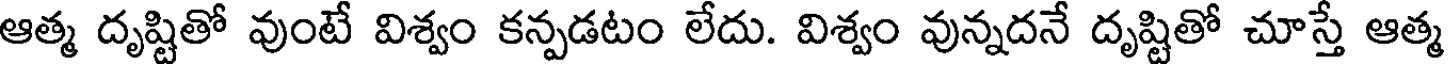
ఆత్మ దృష్టితో వుంటే విశ్వం కన్పడటం లేదు. విశ్వం వున్నదనే దృష్టితో చూస్తే ఆత్మ